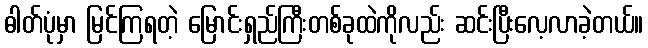
ဓါတ်ပုံမှာ မြင်ကြရတဲ့ မြောင်းရှည်ကြီးတစ်ခုထဲကိုလည်း ဆင်းပြီးလေ့လာခဲ့တယ်။